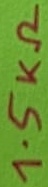
Text: 1.5KΩ